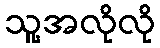
သူ့အလိုလို